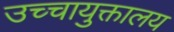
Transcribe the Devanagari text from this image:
उच्चायुक्तालय